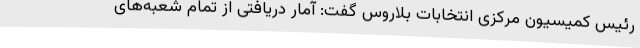
رئیس کمیسیون مرکزی انتخابات بلاروس گفت: آمار دریافتی از تمام شعبه‌های